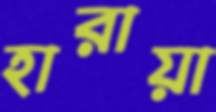
হারায়া